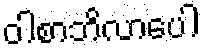
ဝါစာဘိလာပေါ